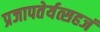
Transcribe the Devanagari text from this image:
प्रजापतेर्यत्सहजं